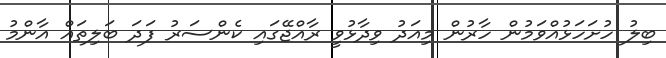
ބިލު ހުށަހަޅުއްވަމުން ހާރުން މިއަދު ވިދާޅުވީ ރާއްޖޭގައި ކެންސަރު ފަދަ ބަލިތައް އާންމު